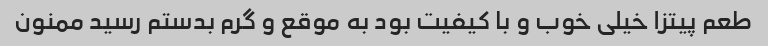
طعم پیتزا خیلی خوب و با کیفیت بود به موقع و گرم بدستم رسید ممنون